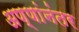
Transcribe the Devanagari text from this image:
अण्णांनंतर